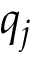
q _ { j }